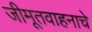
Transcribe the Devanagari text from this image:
जीमूतवाहनाचे